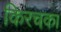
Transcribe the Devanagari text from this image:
किरचका